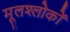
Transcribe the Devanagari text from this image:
मूलश्लोकों